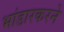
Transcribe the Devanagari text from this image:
भांडारकरने